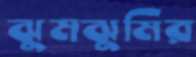
ঝুমঝুমির